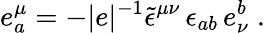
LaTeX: e_{a}^{\mu}=-|e|^{-1}\tilde{\epsilon}^{\mu\nu}\, \epsilon_{ab}\, e_{\nu}^{b}\; .